Annual vaccination report of Bihar and Orissa - 1911-1928
Year: 1911
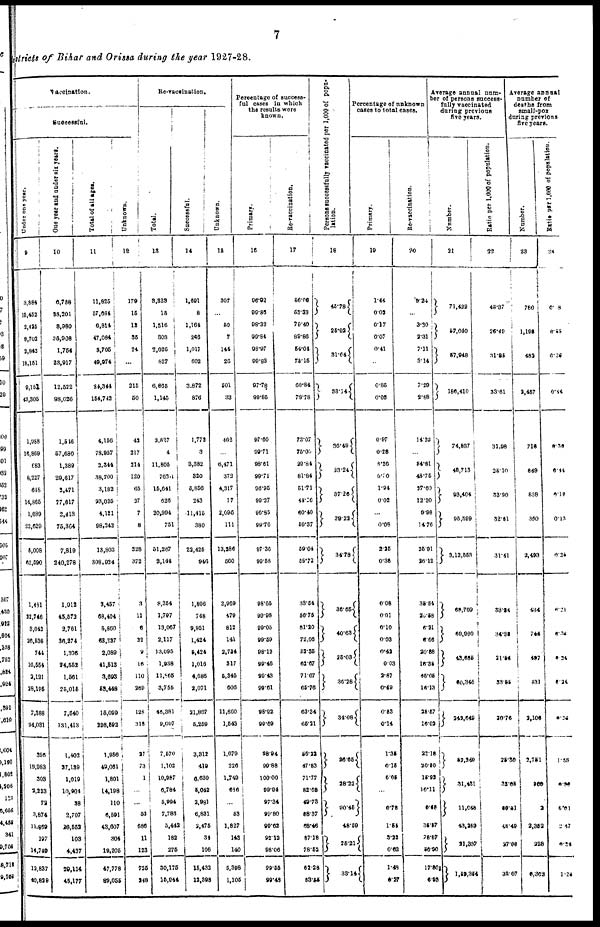
7
districts of Bihar and Orissa during the year 1927-28.
Vaccination.
Successful.
Under one year.
9
3,884
15,452
2,425
9,703
2,842
18,151
9,151
43,305
1,988
16,869
683
8,227
648
14,865
1,689
22,620
5,008
62,590
1,481
22,746
3,042
26,536
744
16,554
2,121
28,195
7,388
94,031
396
19,983
303
2,223
72
3,874
11,869
197
14,749
12,837
40,829
One year and under six years.
10
6,788
38,201
8,980
36,908
1,754
23,917
12,522
98,026
1,546
57,680
1,389
29,617
2,471
77,617
2,413
75,364
7,819
240,278
1,012
45,573
2,761
36,274
1,306
24,552
1,561
25,015
7,540
131,413
1,402
27,139
1,019
10,904
38
2,707
16,552
103
4,437
20,114
45,177
Total of all ages.
11
11,825
57,684
6,814
47,084
5,705
49,974
24,344
154,742
4,156
78,957
2,344
38,700
3,182
23,025
4,121
98,242
13,803
308,934
3,457
68,404
5,860
63,227
2,089
41,513
3,693
53,448
15,099
226,592
1,956
49,061
1,801
14,198
110
6,591
43,607
304
19,205
47,778
89,055
Unknown.
12
179
15
12
35
24
...
215
50
42
217
214
120
65
37
7
8
328
372
3
11
6
22
9
16
110
269
128
318
27
73
1
...
...
53
686
11
123
725
248
Re-vaccination.
Total.
13
3,323
15
1,516
303
2,026
827
6,665
1,145
2,827
4
11,805
763
15,641
626
20,994
751
51,267
2,144
8,354
1,797
13,067
2,117
13,095
1,938
11,965
3,755
45,381
9,607
7,570
1,102
10,987
6,784
5,994
7,783
3,442
182
275
30,175
15,944
Successful.
14
1,691
8
1,164
266
1,017
602
3,872
876
1,772
3
3,382
320
5,856
243
11,415
380
22,425
946
1,806
748
9,951
1,424
5,424
1,016
4,686
2,071
31,867
5,259
3,312
419
6,630
5,042
2,981
6,831
2,475
34
106
15,432
12,398
Unknown.
15
307
...
50
7
144
26
501
33
462
...
6,471
372
4,317
77
2,096
111
13,286
560
2,969
479
812
141
2,734
317
6,945
606
11,860
1,543
1,670
226
1,749
636
...
53
1,827
143
140
5,398
1,105
Percentage of success-
ful cases in which
the results were
known.
Primary.
16
96.92
99.86
98.32
99.84
98.97
99.83
97.78
99.85
97.60
99.71
98.61
99.71
96.95
99.27
96.85
99.70
97.36
99.58
98.65
99.98
99.05
99.59
98.12
99.46
99.43
99.61
98.92
99.69
98.94
99.88
100.00
99.94
97.34
99.80
99.62
92.12
98.06
99.55
99.48
Re-vaccination.
17
56.06
53.33
70.40
89.86
54.04
75.15
60.84
78.78
73.07
75.00
29.84
81.84
51.71
44.26
60.40
50.37
59.04
56.72
33.54
56.75
81.20
72.06
52.35
62.67
71.67
65.76
63.34
65.21
56.22
47.83
71.77
82.68
49.73
68.37
66.46
87.18
78.52
62.28
83.55
Persons successfully vaccinated per 1,000 of popu-
lation.
18
45.78
25.92
31.64
33.14
36.49
23.24
37.26
39.22
34.78
36.55
40.63
25.03
36.28
34.08
26.65
38.22
90.45
48.59
25.21
33.14
Percentage of unknown
cases to total cases.
Primary.
19
1.44
0.02
0.17
0.07
0.41
...
0.85
0.03
0.97
0.28
8.26
6.00
1.94
0.02
...
0.08
2.25
0.36
6.08
0.01
0.10
0.03
0.42
0.03
2.87
0.49
0.63
0.14
1.35
0.15
6.05
...
0.78
1.54
3.22
0.62
1.48
6.27
Re-vaccination.
20
9.24
...
3.30
2.31
7.11
3.14
7.29
2.88
14.22
...
84.81
48.75
17.60
12.30
9.98
14.76
25.91
26.12
35.54
20.58
6.21
6.66
20.88
16.35
45.05
16.13
25.67
10.02
22.16
20.50
15.92
10.11
6.68
35.57
78.57
50.00
17.80
6.99
Average annual num-
ber of persons success-
fully vaccinated
during previous
five years.
Number.
21
71,422
57,040
57,948
180,410
74,837
48,713
93,404
95,599
3,12,553
68,702
69,980
43,665
60,345
242,649
52,249
31,431
11,648
43,289
21,387
1,49,354
Ratio per 1,000 of population.
22
45.37
26.49
31.85
33.61
31.98
25.10
33.90
32.81
31.41
33.94
34.90
21.56
33.55
30.76
25.30
32.65
60.51
45.49
27.68
38.67
Average annual
number of
deaths from
small-pox
during previous
five years.
Number.
23
780
1,195
482
2,457
716
849
538
390
2,493
434
744
497
431
2,106
2,751
969
2
2,352
228
6,302
Ratio per 1,000 of population.
24
0.8
0.55
0.26
0.44
0.30
0.44
0.18
0.13
0.25
0.21
0.30
0.34
0.24
.24
1.35
0.00
6.01
2.47
0. 28
l.26